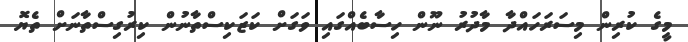
މީގެ ކުރިން މިސަރަހައްދާ މާދުރު ނޫން ހިސާބެއްގައި ވަގަށް ކަޒަކިސްތާނުން ކިރުގިސްތާނަށް ތެޔޮ